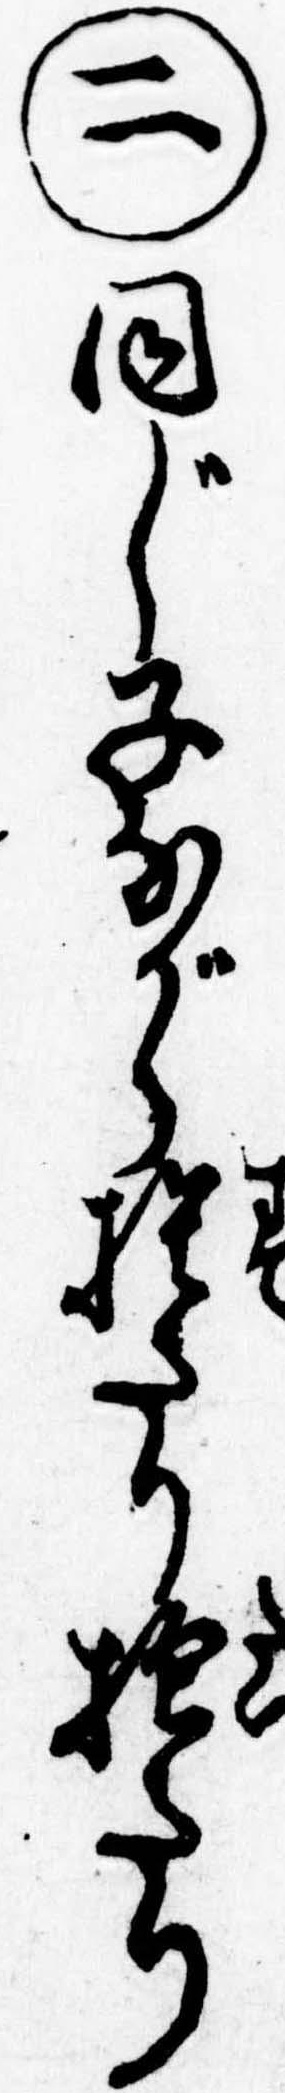
㊁同じ子ながら捨たり抱たり